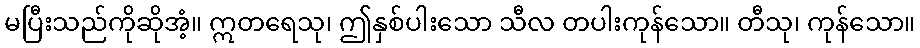
မပြီးသည်ကိုဆိုအံ့။ ဣတရေသု၊ ဤနှစ်ပါးသော သီလ တပါးကုန်သော။ တီသု၊ ကုန်သော။